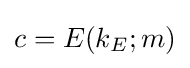
c=E(k_{E};m)